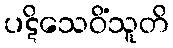
ပဋိသေဝိံသူတိ